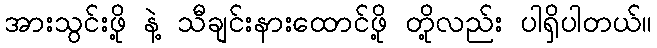
အားသွင်းဖို့ နဲ့ သီချင်းနားထောင်ဖို့ တို့လည်း ပါရှိပါတယ်။